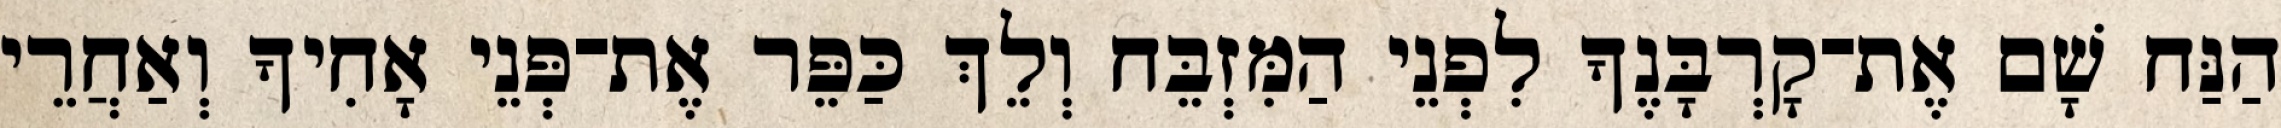
הַנַּח שָׁם אֶת־קָרְבָּנֶךָ לִפְנֵי הַמִּזְבֵּח וְלֵךְ כַּפֵּר אֶת־פְּנֵי אָחִיךָ וְאַחֲרֵי